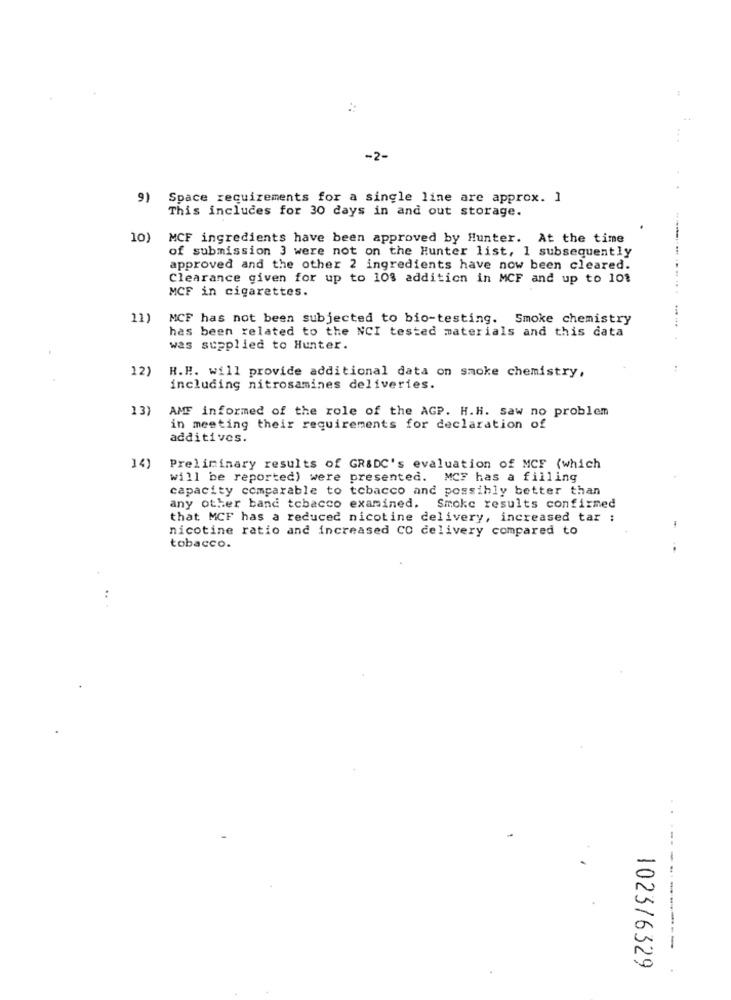
-2-
9)
Space requirements for a single line are approx. ]
This includes for 30 days in and out storage.
10)
MCF ingredients have been approved by Hunter. At the time
of submission 3 were not on the Hunter list, 1 subsequently
approved and the other 2 ingredients have now been cleared.
Clearance given for up to 10% addition in MCF and up to 10%
MCF in cigarettes.
11)
MCF has not been subjected to bio-testing. Smoke chemistry
has been related to the NCI tested materials and this data
was supplied to Hunter.
12)
H.H. will provide additional data on smoke chemistry,
including nitrosamines deliveries.
13
AMF informed of the role of the AGP. H.H. saw no problem
in meeting their requirements for declaration of
additives.
14)
Preliminary results of GR&DC's evaluation of MCF (which
will be reported) were presented. MCF has a filling
capacity comparable to tobacco and possibly better than
any other band tobacco examined. Smoke results confirmed
that MCF has a reduced nicotine delivery, increased tar :
nicotine ratio and increased CO delivery compared to
tobacco.
..
------------
1023/6329